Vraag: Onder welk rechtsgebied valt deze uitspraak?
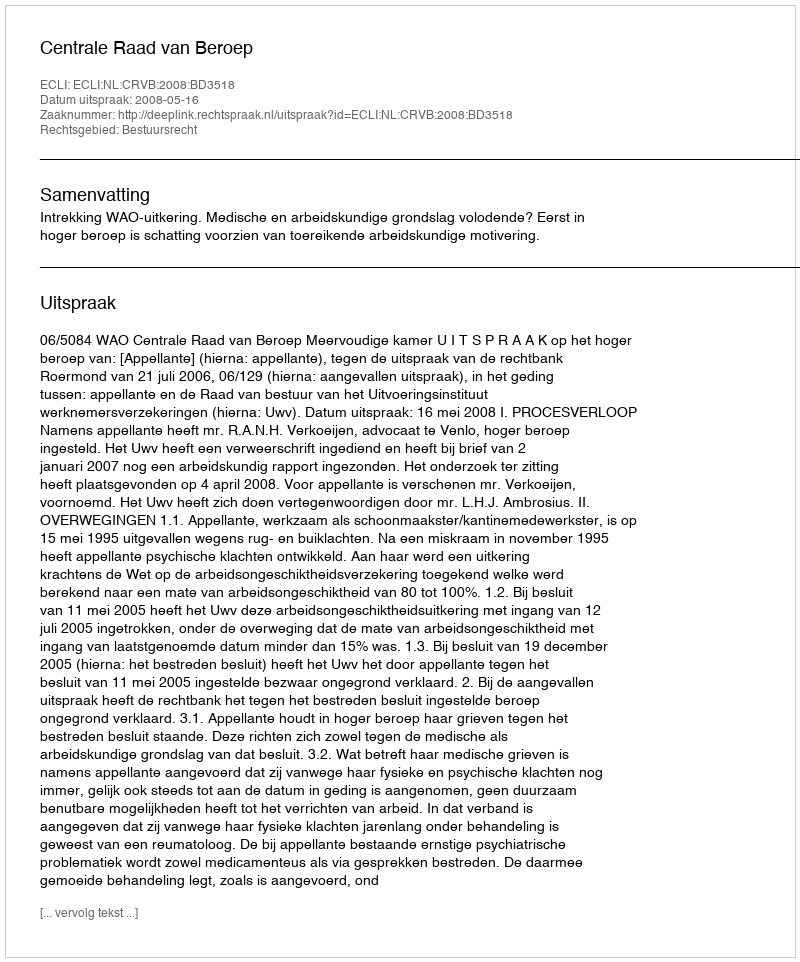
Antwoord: Bestuursrecht